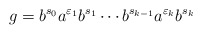
\begin{align*}g=b^{s_0}a^{\varepsilon_1}b^{s_1}\cdots b^{s_{k-1}}a^{\varepsilon_k}b^{s_k}\end{align*}